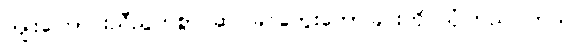
ကျိုးကြောင်းညီညွတ်စွာ ဆင်ခြင်တွေးတောခြင်းကို ယုံကြည်ပါတယ်။